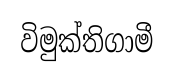
විමුක්තිගාමී